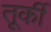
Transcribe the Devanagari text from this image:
तूर्की